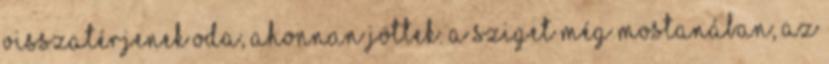
visszatérjenek oda, ahonnan jöttek. A sziget még mostanában, az